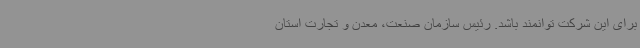
برای این شرکت توانمند باشد. رئیس سازمان صنعت، معدن و تجارت استان